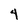
Character: 4